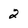
Character: 2